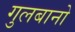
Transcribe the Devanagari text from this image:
गुलबानो